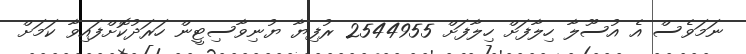
ނަމަވެސް އެ އުސޫލާ ހިިލާފަށް ހިލާފަށް 2544955 ރުފިޔާ ޔުނިވާސިޓީން ހަރަދުކޮށްފައިވާ ކަމަށް